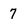
Character: 7